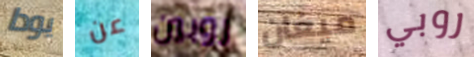
يودا عن روبين ميغان روبي